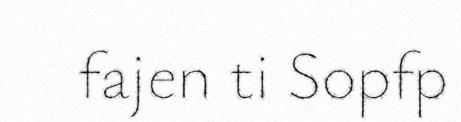
fajen ti Sopfp